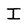
Character: I